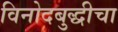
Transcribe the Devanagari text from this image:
विनोदबुद्धीचा